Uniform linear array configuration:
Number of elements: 16
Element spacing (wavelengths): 0.5
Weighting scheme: hamming
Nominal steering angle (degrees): -30
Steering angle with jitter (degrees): -30.587
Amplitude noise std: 0.05
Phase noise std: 0.05

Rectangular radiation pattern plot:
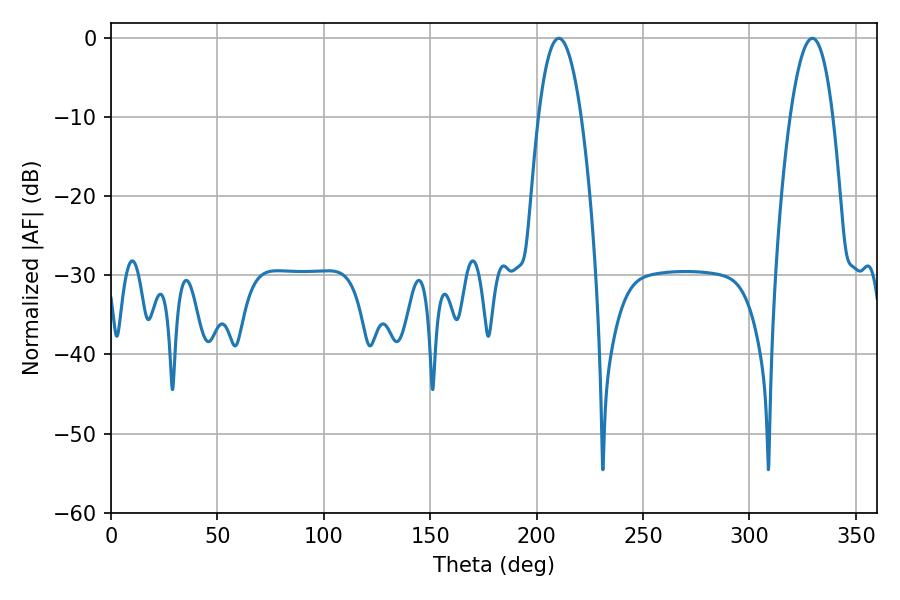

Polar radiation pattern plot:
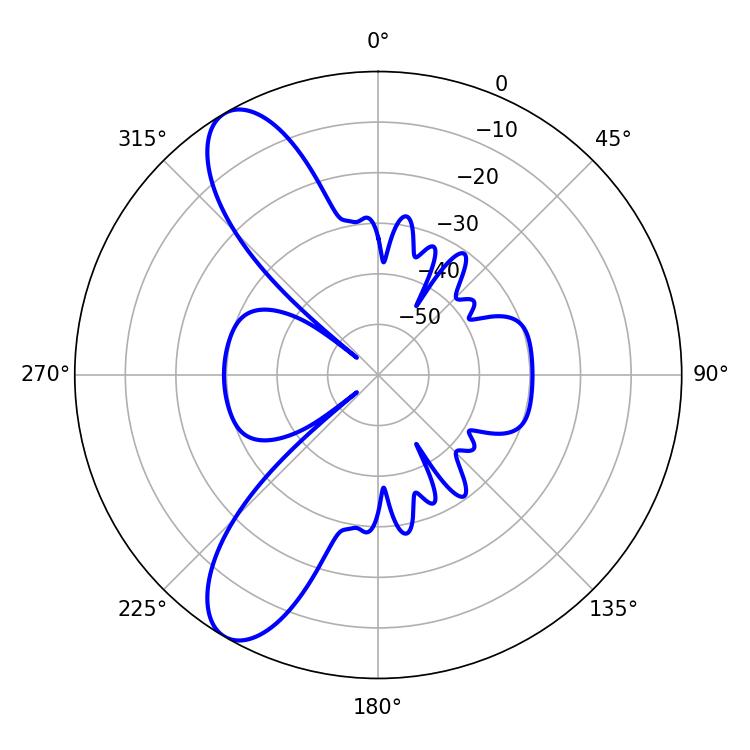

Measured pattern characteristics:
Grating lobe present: FALSE
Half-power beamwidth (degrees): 11.16
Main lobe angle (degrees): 210.42